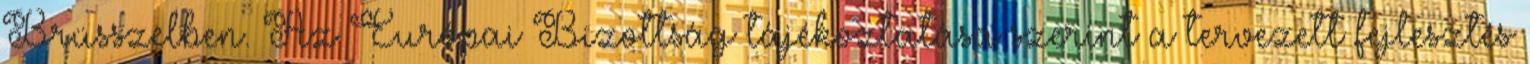
Brüsszelben. Az Európai Bizottság tájékoztatása szerint a tervezett fejlesztés